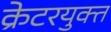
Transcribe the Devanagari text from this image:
क्रेटरयुक्त